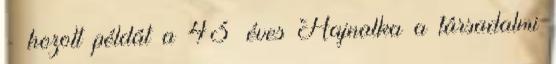
- hozott példát a 43 éves Hajnalka a társadalmi